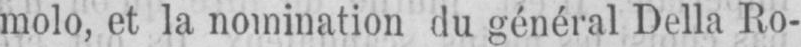
molo, et la nomination du général Della Ro-